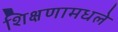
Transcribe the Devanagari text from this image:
शिक्षणामधले